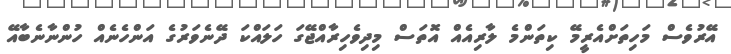
އޭރުވެސް މަހިތަށްއެރީމޭ ކިތަންމެ ލާރިއެއް އޮތަސް މިދިވެހިރާއްޖޭގަ ހަލައްކަ ދޭނެވަރުގެ އަންހެނެއް ހުންނާނެބާއޭ